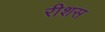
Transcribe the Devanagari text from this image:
रीशस